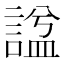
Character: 諡